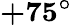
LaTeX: \boldsymbol{+75^{\circ}}